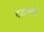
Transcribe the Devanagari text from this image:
एडावलेठ